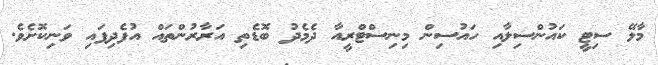
މާލޭ ސިޓީ ކައުންސިލާއި ހައުސިން މިނިސްޓްރީއާ ދެމެދު ބޮޑެތި އަރާރުންތައް އުފެދިފައި ވަނިކޮށެވެ.